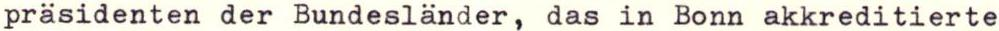
präsidenten der Bundesländer, das in Bonn akkreditierte